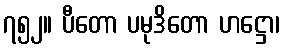
၇၅၂။ ပီတော ပမုဒိတော ဟဋ္ဌော၊